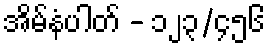
အိမ်နံပါတ် - ၁၂၃/၄၅၆